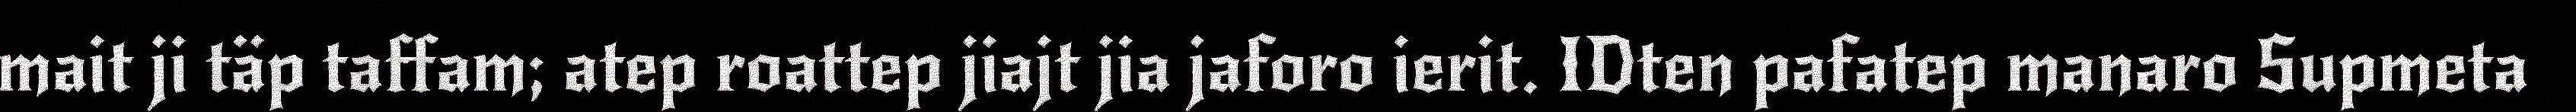
mait ji täp taffam; atep roattep jiajt jia jaforo ierit. IDten pafatep manaro Supmeta